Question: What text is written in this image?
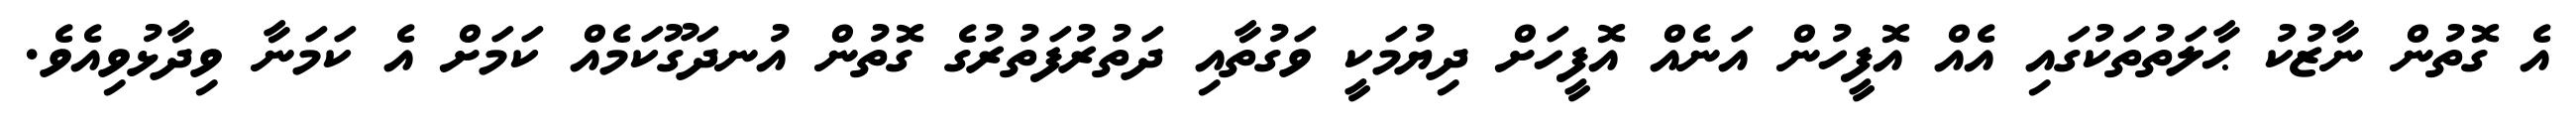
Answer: އެ ގޮތުން ނާޒުކު ޙާލަތުތަކުގައި އެއް އޮފީހުން އަނެއް އޮފީހަށް ދިޔުމަކީ ވަގުތާއި ދަތުރުފަތުރުގެ ގޮތުން އުނދަގޫކަމެއް ކަމަށް އެ ކަމަނާ ވިދާޅުވިއެވެ.